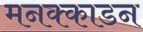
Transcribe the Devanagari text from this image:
मनक्काडन